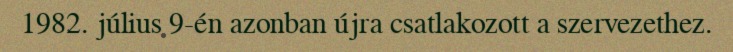
1982. július 9-én azonban újra csatlakozott a szervezethez.